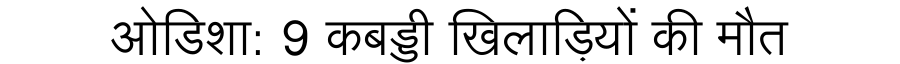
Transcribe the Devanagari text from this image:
ओडिशा: 9 कबड्डी खिलाड़ियों की मौत